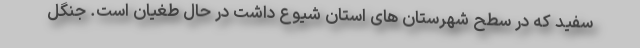
سفید که در سطح شهرستان های استان شیوع داشت در حال طغیان است. جنگل